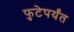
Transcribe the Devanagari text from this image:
फुटेपर्यंत